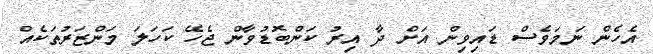
އެހެން ނަމަވެސް ޑައިވިން އަށް ދާ އިރު ކަންބޮޑުވާން ޖެހޭ ކަހަލަ މަންޒަރުތަކެއް